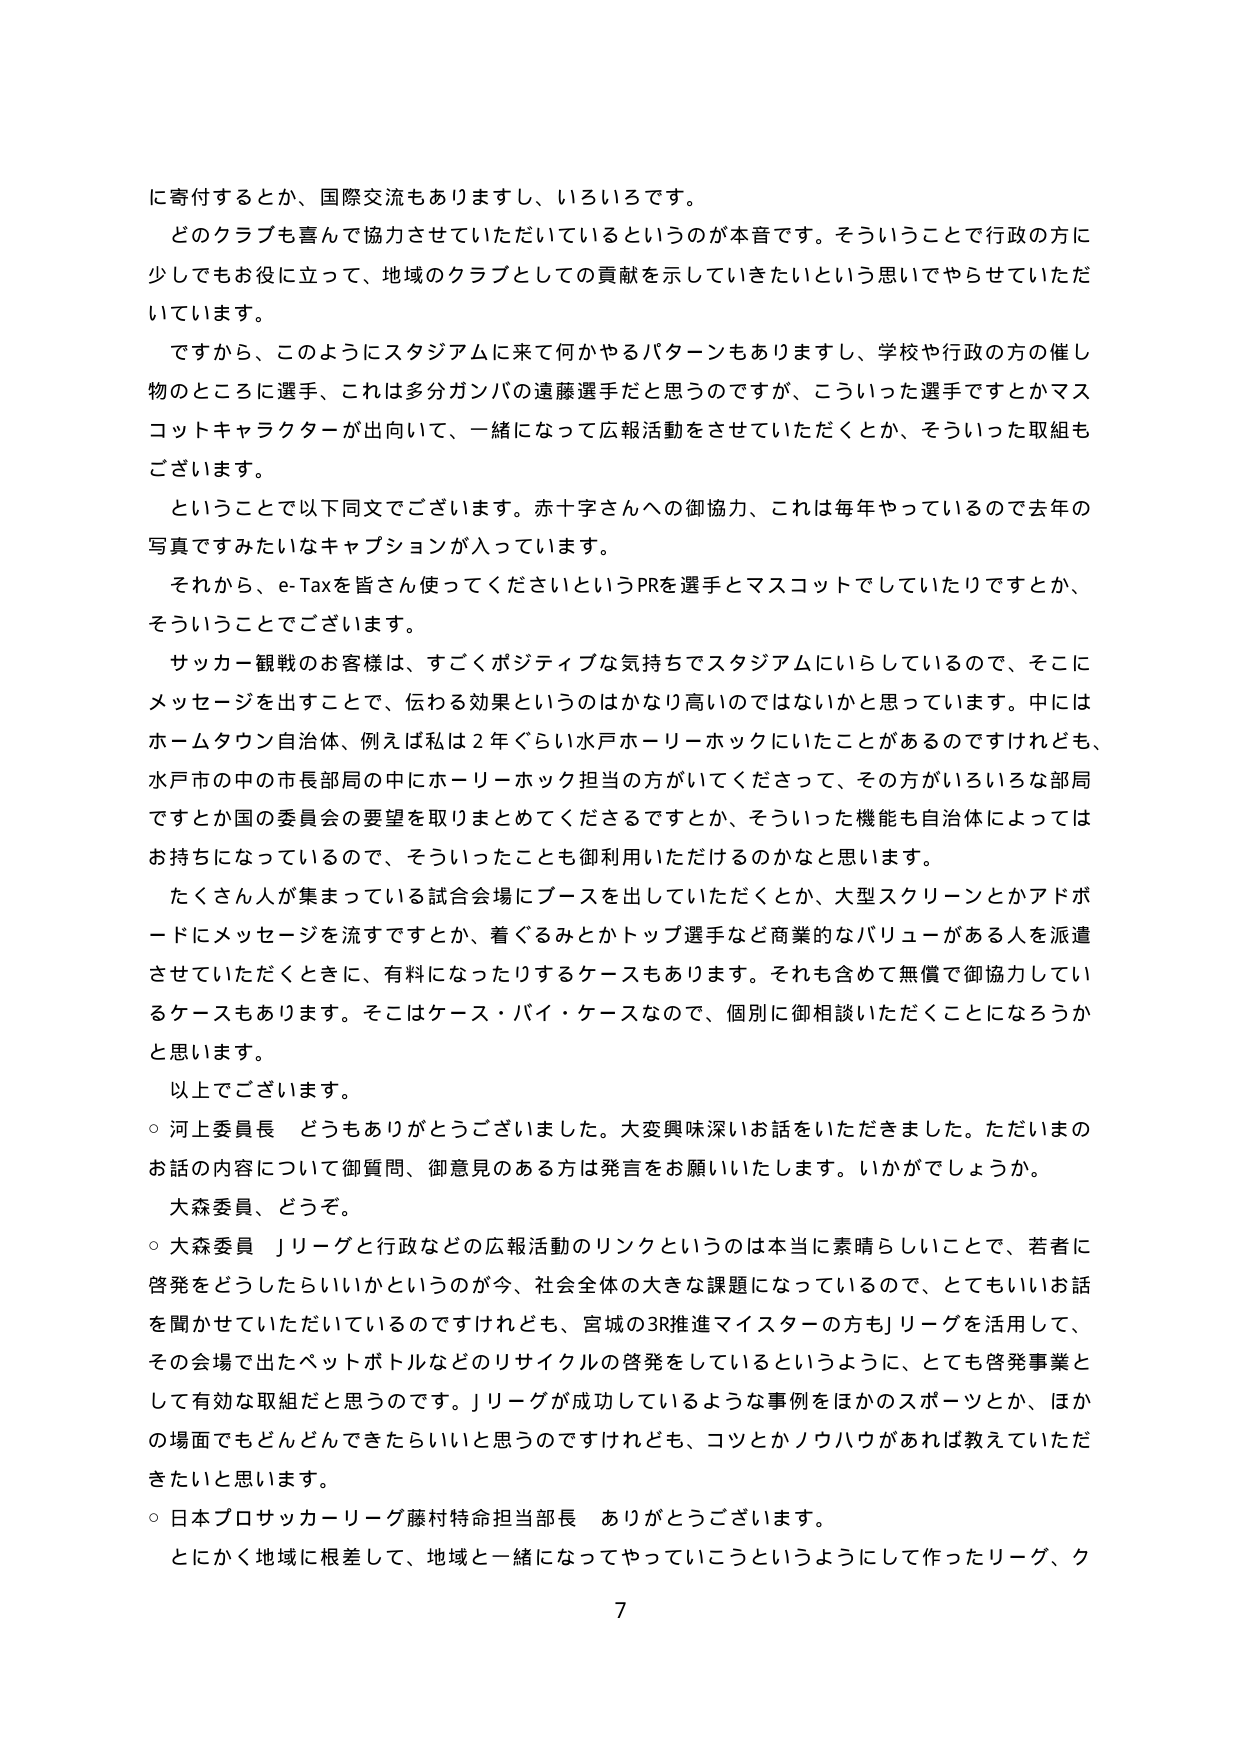
に寄付するとか、国際交流もありますし、いろいろです。

どのクラブも喜んで協力させていただいているというのが本音です。そういうことで行政の方に少しでもお役に立って、地域のクラブとしての貢献を示していきたいという思いでやらせていただいています。

ですから、このようにスタジアムに来て何かやるパターンもありますし、学校や行政の方の催し物のところに選手、これは多分ガンバの遠藤選手だと思うのですが、こういった選手ですとかマスコットキャラクターが出向いて、一緒になって広報活動をさせていただくとか、そういった取組もございます。

ということで以下同文でございます。赤十字さんへの御協力、これは毎年やっているので去年の写真ですみたいなキャプションが入っています。

それから、e-Taxを皆さん使ってくださいというPRを選手とマスコットでしていたりですとか、そういうことでございます。

サッカー観戦のお客様は、すごくポジティブな気持ちでスタジアムにいらしているので、そこにメッセージを出すことで、伝わる効果というのはかなり高いのではないかと思っています。中にはホームタウン自治体、例えば私は2年ぐらい水戸ホーリーホックにいたことがあるのですけれども、水戸市の中の市長部局の中にホーリーホック担当の方がいてくださって、その方がいろいろな部局ですとか国の委員会の要望を取りまとめてくださるですとか、そういった機能も自治体によってはお持ちになっているので、そういったことも御利用いただけるのかなと思います。

たくさんの人が集まっている試合会場にブースを出していただくとか、大型スクリーンとかアドボードにメッセージを流すですとか、着ぐるみとかトップ選手など商業的なバリューがある人を派遣させていただくときに、有料になったりするケースもあります。それも含めて無償で御協力しているケースもあります。そこはケース・バイ・ケースなので、個別に御相談いただくことになろうかと思います。

以上でございます。

○ 河上委員長 どうもありがとうございました。大変興味深いお話をしていただきました。ただいまのお話の内容について御質問、御意見のある方は発言をお願いいたします。いかがでしょうか。

大森委員、どうぞ。

○ 大森委員 Jリーグと行政などの広報活動のリンクというのは本当に素晴らしいことで、若者に啓発をどうしたらいいかというのが今、社会全体の大きな課題になっているので、とてもいいお話を聞かせていただいているのですけれども、宮城の3R推進マイスターの方もJリーグを活用して、その会場で出たペットボトルなどのリサイクルの啓発をしているというように、とても啓発事業として有効な取組だと思うのです。Jリーグが成功しているような事例をほかのスポーツとか、ほかの場面でもどんどんできたらいいと思うのですけれども、コツとかノウハウがあれば教えていただきたいと思います。

○ 日本プロサッカーリーグ藤村特命担当部長 ありがとうございます。

とにかく地域に根差して、地域と一緒になってやっていこうというようにして作ったリーグ、ク

7